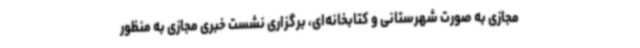
مجازی به صورت شهرستانی و کتابخانه‌ای، برگزاری نشست خبری مجازی به منظور